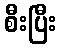
စီးပြီး